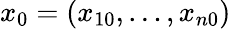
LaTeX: x_{0}=(x_{10},\dots,x_{n0})